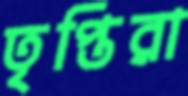
তৃপ্তিরা